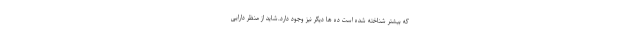
که بیشتر شناخته شده است ده ها دیگر نیز وجود دارد.شاید از منظر دارایی